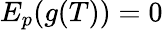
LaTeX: E_{p}(g(T))=0